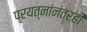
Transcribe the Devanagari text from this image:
प्रयत्नांनंतरही